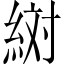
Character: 𬗔